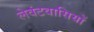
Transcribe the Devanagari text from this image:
लेवंटवासियों